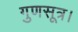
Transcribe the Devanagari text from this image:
गुणसूत्र।